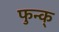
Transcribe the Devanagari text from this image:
फुन्क्